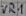
Text: VR1